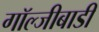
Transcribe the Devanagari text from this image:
गॉल्जीबाडी